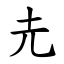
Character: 圥